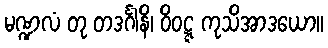
မဏ္ဍလံ တု တဒင်္ဂါနိ၊ ဝိဝဋ္ဋ ကုသိအာဒယော။